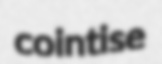
cointise